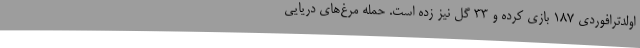
اولدترافوردی 187 بازی کرده و 33 گل نیز زده است. حمله مرغ‌های دریایی